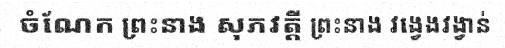
ចំណែក ព្រះនាង សុភវត្តី ព្រះនាង វង្វេងវង្វាន់